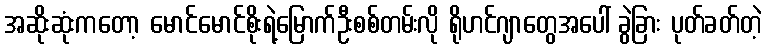
အဆိုးဆုံးကတော့ မောင်မောင်စိုးရဲ့မြောက်ဦးစစ်တမ်းလို ရိုဟင်ဂျာတွေအပေါ် ခွဲခြား ပုတ်ခတ်တဲ့